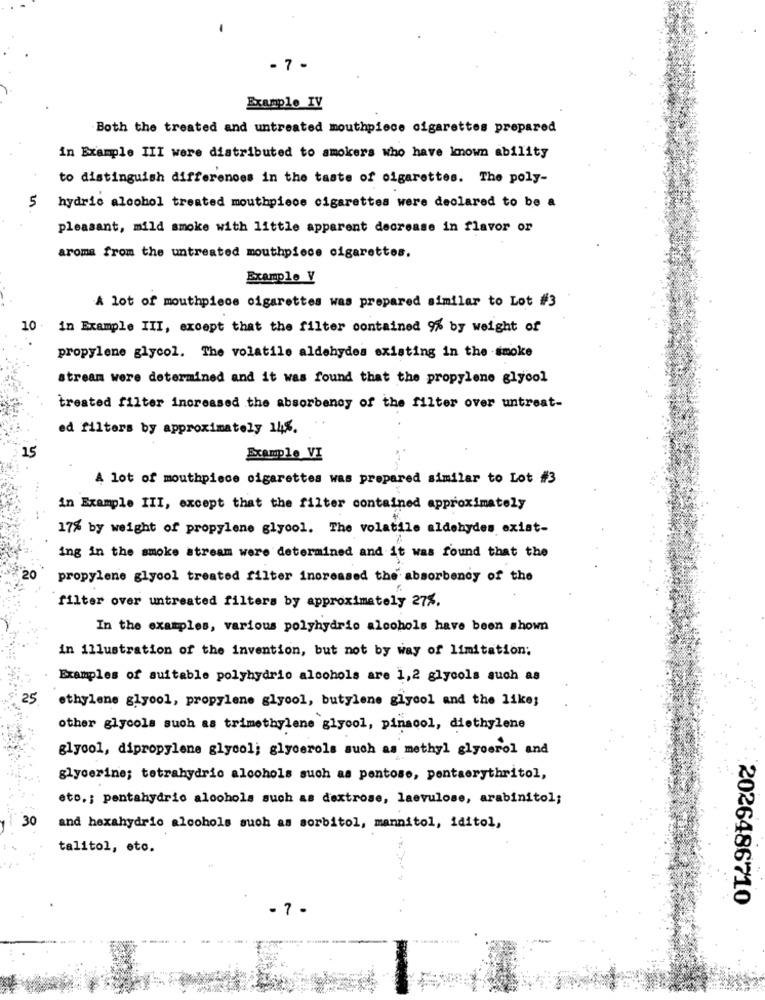
- 7 -
Example IV
Both the treated and untreated mouthpiece cigarettes prepared
in Example III were distributed to smokers who have known ability
to distinguish differences in the taste of cigarettes. The poly-
5 hydrio alcohol treated mouthpiece cigarettes were declared to be a
pleasant, mild smoke with little apparent decrease in flavor or
aroma from the untreated mouthpiece cigarettes.
Example V
A lot of mouthpiece cigarettes was prepared similar to Lot #3
10 in Example III, except that the filter contained 9% by weight of
propylene glycol. The volatile aldehydes existing in the smoke
stream were determined and it was found that the propylene glycol
treated filter increased the absorbency of the filter over untreat-
ed filters by approximately 14%.
15
Example VI
A lot of mouthpiece cigarettes was prepared similar to Lot #3
in Example III, except that the filter contained approximately
17% by weight of propylene glycol. The volatile aldehydes exist-
ing in the smoke stream were determined and it was found that the
20
propylene glycol treated filter increased the absorbendy of the
filter over untreated filters by approximately 27%.
In the examples, various polyhydrio alcohols have been shown
in illustration of the invention, but not by way of limitation;
Examples of suitable polyhydrio alcohols are 1,2 glycols such as
25
ethylene glycol, propylene glycol, butylene glycol and the like;
other glycols such as trimethylene glycol, pinacol, diethylene
glycol, dipropylene glycol; glycerols such as methyl glycerol and
glycerine; tetrahydrio alcohols such as pentose, pentaerythritol,
eto .; pentahydrie alcohols such as dextrose, laevulose, arabinitol;
30
and hexahydrio alcohols such as sorbitol, mannitol, iditol,
talitol, eto.
2026486710
- 7 -